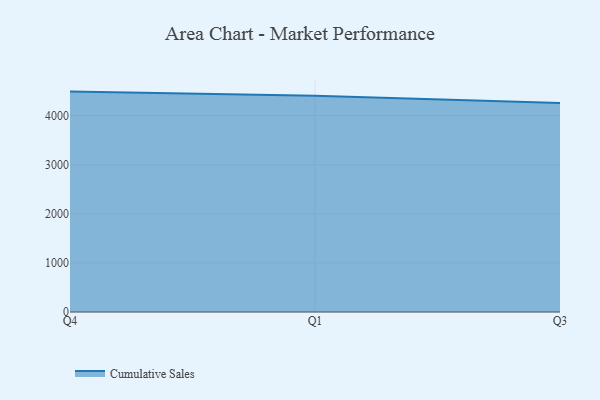
{"axis": {"x": "Quarter", "y": "Churn Rate (%)"}, "legend": ["Cumulative Sales"], "data": [{"x": "Q4", "y": 4490.5, "type": "Cumulative Sales"}, {"x": "Q1", "y": 4403.6, "type": "Cumulative Sales"}, {"x": "Q3", "y": 4259.3, "type": "Cumulative Sales"}]}